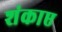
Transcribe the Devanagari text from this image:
शंकाए